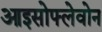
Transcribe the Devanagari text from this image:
आइसोफ्लेवोन